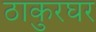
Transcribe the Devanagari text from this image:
ठाकुरघर